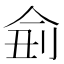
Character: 侴